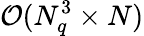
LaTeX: \mathcal{O}(N_{q}^{3}\times N)